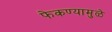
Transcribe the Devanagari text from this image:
फेकण्यामुळे